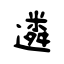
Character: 遴